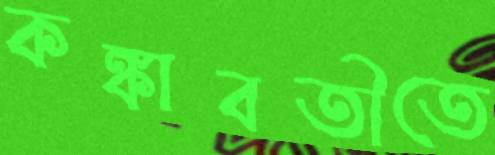
কঙ্কাবতীতে